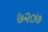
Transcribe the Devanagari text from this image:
७२०७